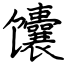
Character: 馕